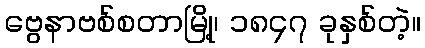
ဗွေနာဗစ်စတာမြို့၊ ၁၈၄၇ ခုနှစ်တဲ့။